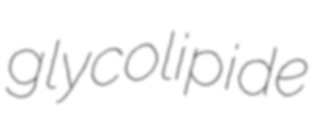
glycolipide